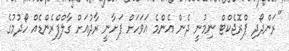
"ރަންދޯދި ޕްރޮޖެކްޓް ނިމުނީ ދެން އެންމެ އަވަހަށް ފަށާނީ ރާދުއަށް ގާލްފްރެންޑެއް ހޯދުމުގެ